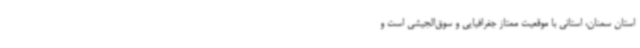
استان سمنان، استانی با موقعیت ممتاز جغرافیایی و سوق‌الجیشی است و